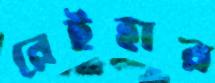
রেইহার